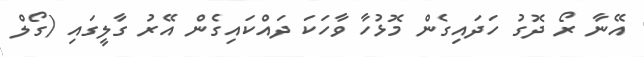
އޭނާ ރޯ ދޮގު ހަދައިގެން މޮޅުހާ ވާހަކަ ދައްކައިގެން އޭރު ގާލީގައި (ގޯލް